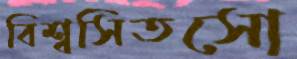
বিশ্বসিতসো